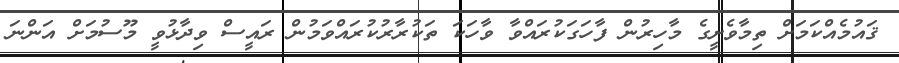
ޤައުމެއްކަމަށް ތިމާވެށީގެ މާހިރުން ފާހަގަކުރައްވާ ވާހަކަ ތަކުރާރުކުރައްވަމުން ރައީސް ވިދާޅުވީ މޫސުމަށް އަންނަ